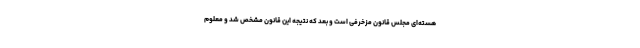
هسته‌ای مجلس قانون مزخرفی است و بعد که نتیجه این قانون مشخص شد و معلوم